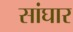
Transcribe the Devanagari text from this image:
सांघार